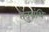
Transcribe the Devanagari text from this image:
तंतुग्रंथि